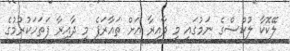
ލޭކޮކާ ލުކްސްގެ ނަމުގައި މި ދާއިރާ އަށް ތައާރަފެ މި ދާއިރާ ފަތަހަކުރުމުގެ